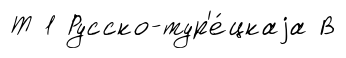
Т 1 Русско-тур'е́цкаjа В